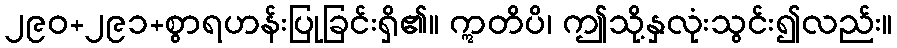
၂၉၀+၂၉၁+စွာရဟန်းပြုခြင်းရှိ၏။ ဣတိပိ၊ ဤသို့နှလုံးသွင်း၍လည်း။